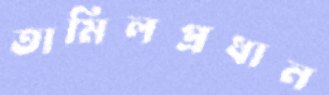
তামিলপ্রধান